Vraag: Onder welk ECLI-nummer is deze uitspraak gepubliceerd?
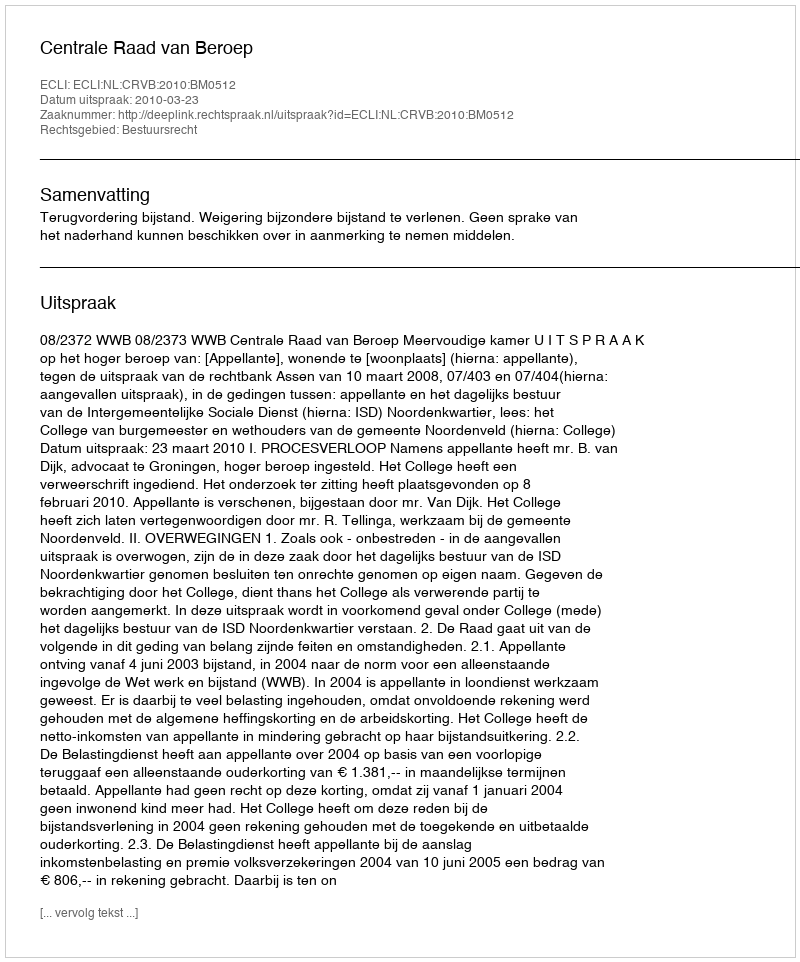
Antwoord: ECLI:NL:CRVB:2010:BM0512